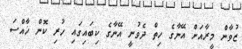
ޒުވާން މީރާއަށް އޭނާގެ ހިތް ދެވުނީ އޭނާގެ ކިބައިގައި ހުރި ކޮން ޚާއްސަ